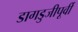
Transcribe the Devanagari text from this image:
डागडुजीपूर्वी